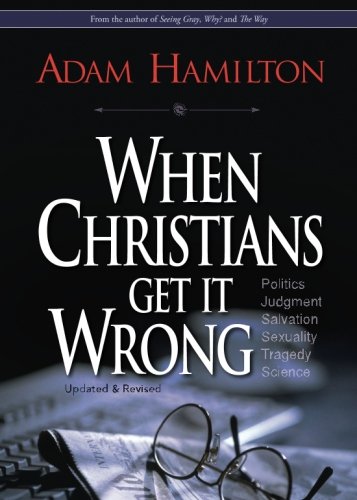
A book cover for When Christians Get It Wrong (Revised); Adam Hamilton; Christian Books & Bibles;